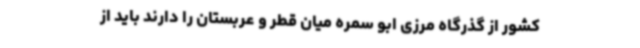
کشور از گذرگاه مرزی ابو سمره میان قطر و عربستان را دارند باید از